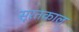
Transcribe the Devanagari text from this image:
सूरतकाल